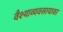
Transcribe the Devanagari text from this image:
वैश्याव्यवसायावर